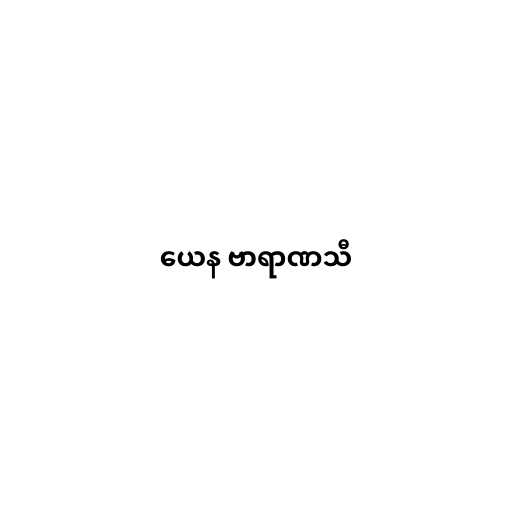
ယေန ဗာရာဏသီ